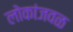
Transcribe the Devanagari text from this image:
लोकांजवळ